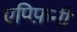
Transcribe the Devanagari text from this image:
एपिफ़नी